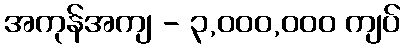
အကုန်အကျ - ၃,၀၀၀,၀၀၀ ကျပ်